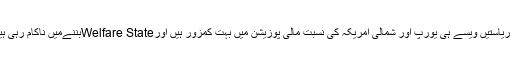
یہ ریاستیں ویسے ہی یورپ اور شمالی امریکہ کی نسبت مالی پوزیشن میں بہت کمزور ہیں اورWelfare Stateبننےمیں ناکام رہی ہیں۔